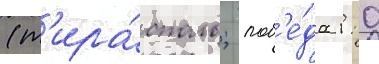
(т'ира́споль; поб'е́да 1: 0